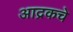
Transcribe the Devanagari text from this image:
आद्रकचे